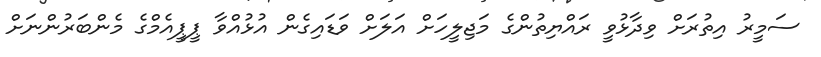
ސަމީރު އިތުރަށް ވިދާޅުވީ ރައްޔިތުންގެ މަޖިލީހަށް އަލަށް ވަޑައިގެން އުޅުއްވާ ޕީޕީއެމްގެ މެންބަރުންނަށް